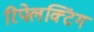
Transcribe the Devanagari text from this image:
रिफ्लेक्टिंग